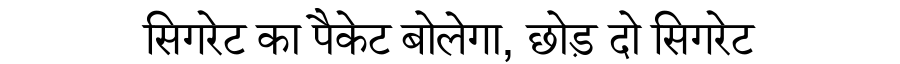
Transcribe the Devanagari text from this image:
सिगरेट का पैकेट बोलेगा, छोड़ दो सिगरेट